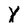
Character: Y